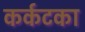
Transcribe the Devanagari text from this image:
कर्कटका